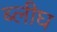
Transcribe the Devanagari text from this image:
ब्लीघ